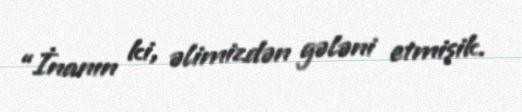
“İnanın ki, əlimizdən gələni etmişik.